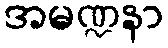
အမဏ္ဍနာ